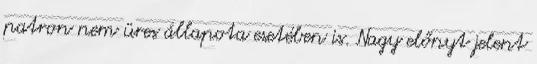
patron nem üres állapota esetében is. Nagy előnyt jelent